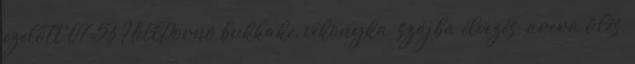
ezelőtt 07:53 HellPorno bukkake, vékonyka, szájba élvezés, arcra űlés,